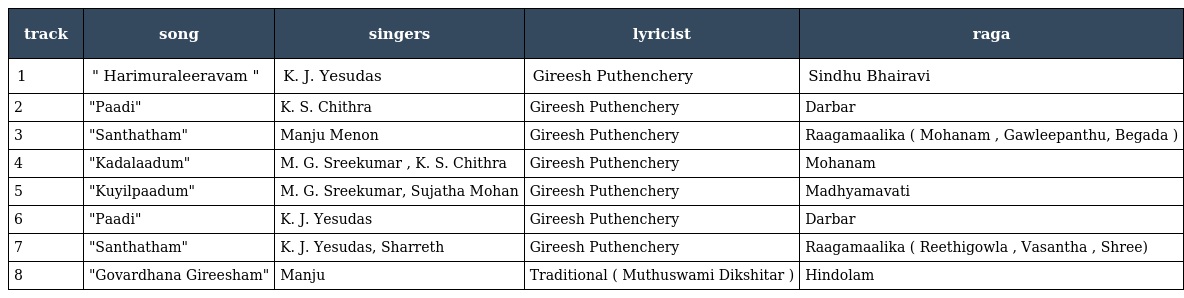
| track | song | singers | lyricist | raga |
 | --- | --- | --- | --- | --- |
 | 1 | " Harimuraleeravam " | K. J. Yesudas | Gireesh Puthenchery | Sindhu Bhairavi |
 | 2 | "Paadi" | K. S. Chithra | Gireesh Puthenchery | Darbar |
 | 3 | "Santhatham" | Manju Menon | Gireesh Puthenchery | Raagamaalika ( Mohanam , Gawleepanthu, Begada ) |
 | 4 | "Kadalaadum" | M. G. Sreekumar , K. S. Chithra | Gireesh Puthenchery | Mohanam |
 | 5 | "Kuyilpaadum" | M. G. Sreekumar, Sujatha Mohan | Gireesh Puthenchery | Madhyamavati |
 | 6 | "Paadi" | K. J. Yesudas | Gireesh Puthenchery | Darbar |
 | 7 | "Santhatham" | K. J. Yesudas, Sharreth | Gireesh Puthenchery | Raagamaalika ( Reethigowla , Vasantha , Shree) |
 | 8 | "Govardhana Gireesham" | Manju | Traditional ( Muthuswami Dikshitar ) | Hindolam |